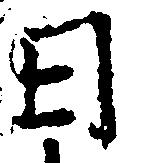
日